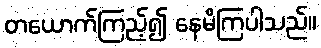
တယောက်ကြည့်၍ နေမိကြပါသည်။